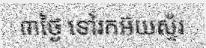
៣ថ្ងៃ ទៅរកអ៊យស្ទ័រ